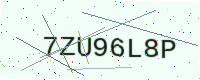
Text: 7ZU96L8P